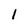
Character: 1